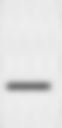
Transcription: –